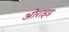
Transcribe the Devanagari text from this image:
ओराइड